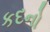
કદનો